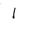
Letter: _alif